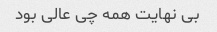
بى نهایت همه چى عالى بود